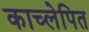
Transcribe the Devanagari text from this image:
काच्लेपित